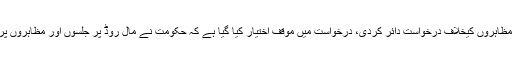
تفصیلات کے مطابق شیراز ذکا ایڈووکیٹ نے لاہور ہائیکورٹ میں مال روڈ پر احتجاجی جلسوں اور مظاہروں کیخلاف درخواست دائر کردی، درخواست میں موقف اختیار کیا گیا ہے کہ حکومت نے مال روڈ پر جلسوں اور مظاہروں پر پابندی عائد کررکھی ہے لیکن اس کے باوجود مال روڈ پر احتجاجی جلسے اور مظاہرے جاری ہیں۔